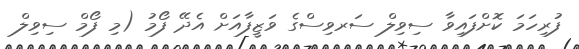
ފުރިހަމަ ކޮށްފައިވާ ސިވިލް ސަރވިސްގެ ވަޒީފާއަށް އެދޭ ފޯމު (މި ފޯމް ސިވިލް